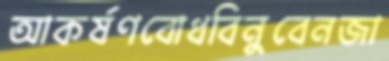
আকর্ষণবোধবিনুবেনজা